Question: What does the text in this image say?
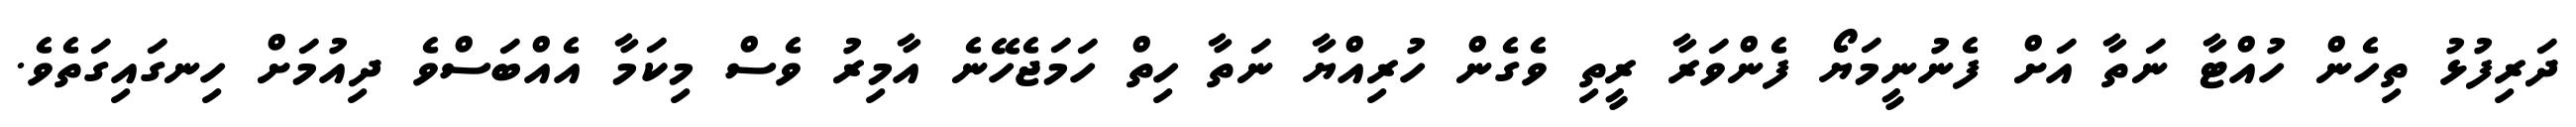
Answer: ދަރިފުޅު ތިހެން ހުއްޓާ ނަތާ އަށް ފެނުނީމަޔޯ ފެންވަރާ ރީތި ވެގެން ހުރިއްޔާ ނަތާ ހިތް ހަމަޖެހޭނެ އާމިރު ވެސް މިކަމާ އެއްބަސްވެ ދިއުމަށް ހިނގައިގަތެވެ.